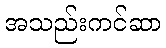
အသည်းကင်ဆာ